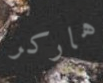
هاركر